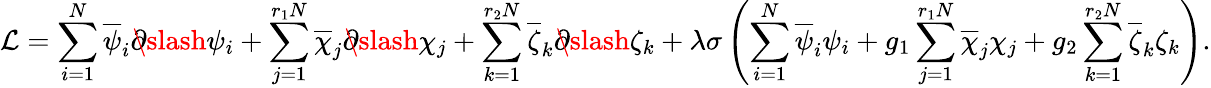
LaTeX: \mathcal{L}=\sum_{i=1}^{N}\overline{{{\psi}}}_{i}\partial\! \! \! \slash\psi_{i}+\sum_{j=1}^{r_{1}N}\overline{{{\chi}}}_{j}\partial\! \! \! \slash\chi_{j}+\sum_{k=1}^{r_{2}N}\overline{{{\zeta}}}_{k}\partial\! \! \! \slash\zeta_{k}+\lambda\sigma\left(\sum_{i=1}^{N}\overline{{{\psi}}}_{i}\psi_{i}+g_{1}\sum_{j=1}^{r_{1}N}\overline{{{\chi}}}_{j}\chi_{j}+g_{2}\sum_{k=1}^{r_{2}N}\overline{{{\zeta}}}_{k}\zeta_{k}\right).